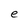
Character: e